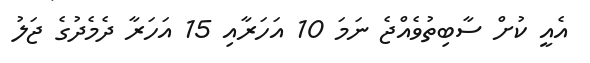
އެއީ ކުށް ސާބިތުވެއްޖެ ނަމަ 10 އަހަރާއި 15 އަހަރާ ދެމެދުގެ ޖަލު